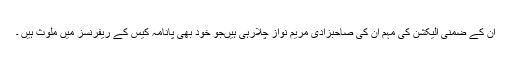
ان کے ضمنی الیکشن کی مہم ان کی صاحبزادی مریم نواز چلارہی ہیںجو خود بھی پانامہ کیس کے ریفرنسز میں ملوث ہیں ۔